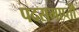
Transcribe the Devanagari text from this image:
पदसमाप्ती